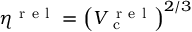
\eta ^ { \mathrm { ~ r ~ e ~ l ~ } } = \left( V _ { \mathrm { ~ c ~ } } ^ { \mathrm { ~ r ~ e ~ l ~ } } \right) ^ { 2 / 3 }